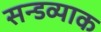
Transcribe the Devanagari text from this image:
सन्डव्याक